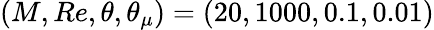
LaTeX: (M,Re,\theta,\theta_{\mu})=(20,1000,0.1,0.01)